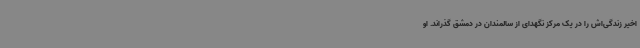
اخیر زندگی‌اش را در یک مرکز نگهدای از سالمندان در دمشق گذراند. او